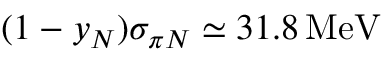
( 1 - y _ { N } ) \sigma _ { \pi N } \simeq 3 1 . 8 \, \mathrm { M e V }